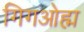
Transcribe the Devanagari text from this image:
गिगओह्म